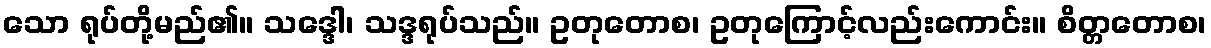
သော ရုပ်တို့မည်၏။ သဒ္ဒေါ၊ သဒ္ဒရုပ်သည်။ ဥတုတောစ၊ ဥတုကြောင့်လည်းကောင်း။ စိတ္တတောစ၊